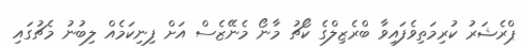
ޕްރެޝަރު ކުރިމަތިވެފައިވާ ބްރެޒިލްގެ ކޯޗު މާނޯ މެނޭޒެސް އަށް ފިނިކަމެއް ލިބުނު މެޗުގައި